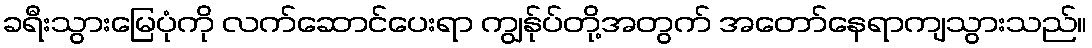
ခရီးသွားမြေပုံကို လက်ဆောင်ပေးရာ ကျွန်ုပ်တို့အတွက် အတော်နေရာကျသွားသည်။